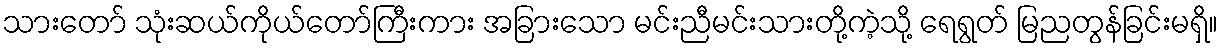
သားတော် သုံးဆယ်ကိုယ်တော်ကြီးကား အခြားသော မင်းညီမင်းသားတို့ကဲ့သို့ ရေရွတ် မြညတွန်ခြင်းမရှိ။